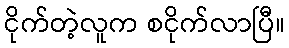
ငိုက်တဲ့လူက စငိုက်လာပြီ။